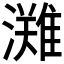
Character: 𭳊